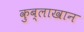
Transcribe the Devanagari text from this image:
कुब्लाखान